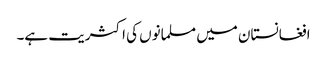
افغانستان میں مسلمانوں کی اکثریت ہے۔